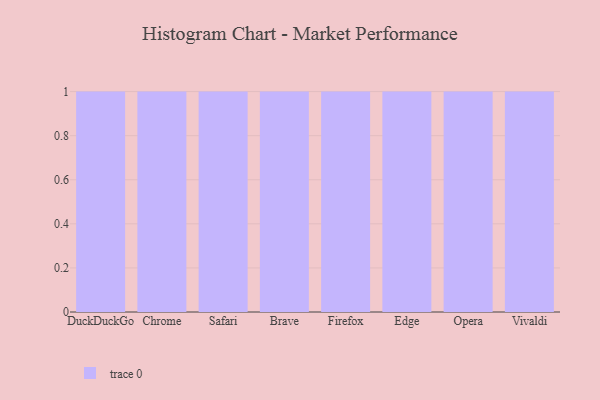
{"axis": {"x": "Browser", "y": "Active Users"}, "legend": [""], "data": [{"x": "DuckDuckGo", "y": 3, "type": ""}, {"x": "Chrome", "y": 12, "type": ""}, {"x": "Safari", "y": 98, "type": ""}, {"x": "Brave", "y": 4, "type": ""}, {"x": "Firefox", "y": 44, "type": ""}, {"x": "Edge", "y": 27, "type": ""}, {"x": "Opera", "y": 75, "type": ""}, {"x": "Vivaldi", "y": 13, "type": ""}]}